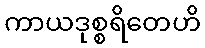
ကာယဒုစ္စရိတေဟိ